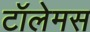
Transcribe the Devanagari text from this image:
टॉलेमस